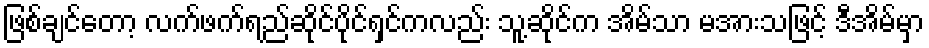
ဖြစ်ချင်တော့ လက်ဖက်ရည်ဆိုင်ပိုင်ရှင်ကလည်း သူ့ဆိုင်က အိမ်သာ မအားသဖြင့် ဒီအိမ်မှာ